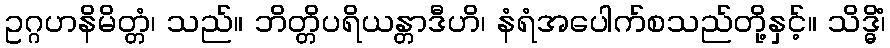
ဥဂ္ဂဟနိမိတ္တံ၊ သည်။ ဘိတ္တိပရိယန္တာဒီဟိ၊ နံရံအပေါက်စသည်တို့နှင့်။ သိဒ္ဓိံ၊